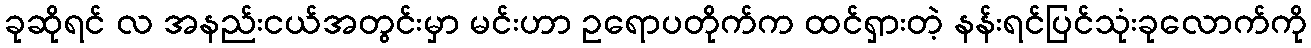
ခုဆိုရင် လ အနည်းငယ်အတွင်းမှာ မင်းဟာ ဥရောပတိုက်က ထင်ရှားတဲ့ နန်းရင်ပြင်သုံးခုလောက်ကို